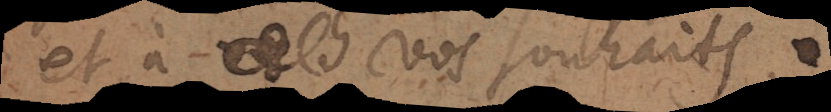
et à vos souhaits.